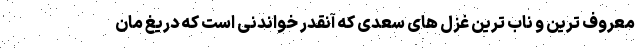
معروف ترین و ناب ترین غزل های سعدی که آنقدر خواندنی است که دریغ مان